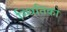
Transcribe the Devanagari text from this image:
स्थितिको